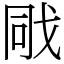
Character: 戙